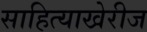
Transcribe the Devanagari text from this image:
साहित्याखेरीज